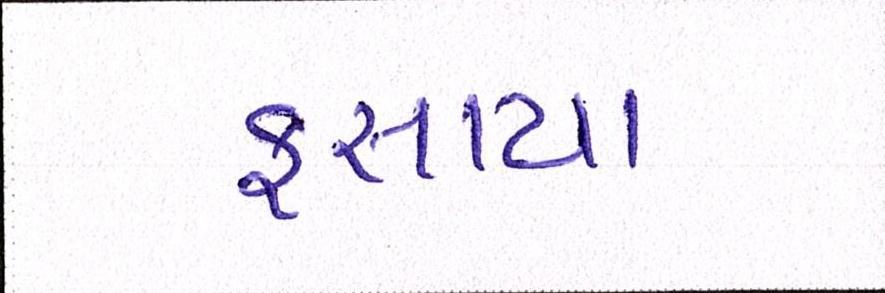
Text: ફસાયા